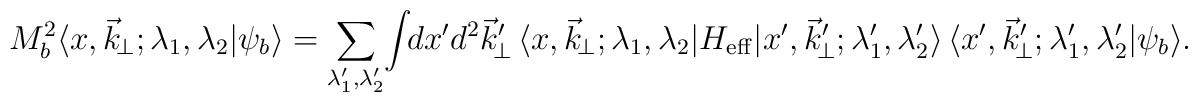
M_b^2         \langle x,\vec k_{\!\perp}; \lambda_1,        \lambda_2 \vert \psi _b\rangle         =         \sum _{ \lambda_1^\prime,\lambda_2^\prime }        \! \int\!\! dx^\prime d^2 \vec k_{\!\perp}^\prime        \,\langle x,\vec k_{\!\perp};\lambda_1,\lambda_2        \vert H_{\rm eff}\vert x^\prime,\vec k_{\!\perp}^\prime;         \lambda_1^\prime,\lambda_2^\prime \rangle \,        \langle x^\prime,\vec k_{\!\perp}^\prime;         \lambda_1^\prime,\lambda_2^\prime         \vert \psi _b\rangle .